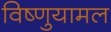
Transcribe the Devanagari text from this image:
विष्णुयामल